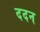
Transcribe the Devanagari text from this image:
ददन